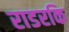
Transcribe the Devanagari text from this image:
राडरकि